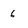
Character: 6